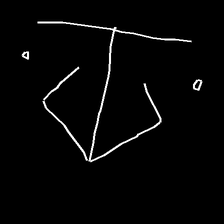
Glyph: earth